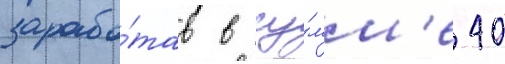
зарабо́тав в су́мм'е 40